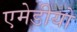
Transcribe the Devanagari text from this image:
एमेडीयो